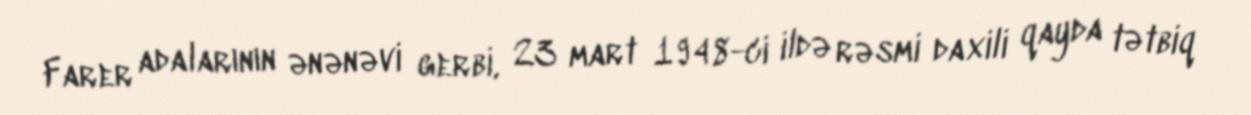
Farer adalarının ənənəvi gerbi, 23 mart 1948-ci ildə rəsmi daxili qayda tətbiq